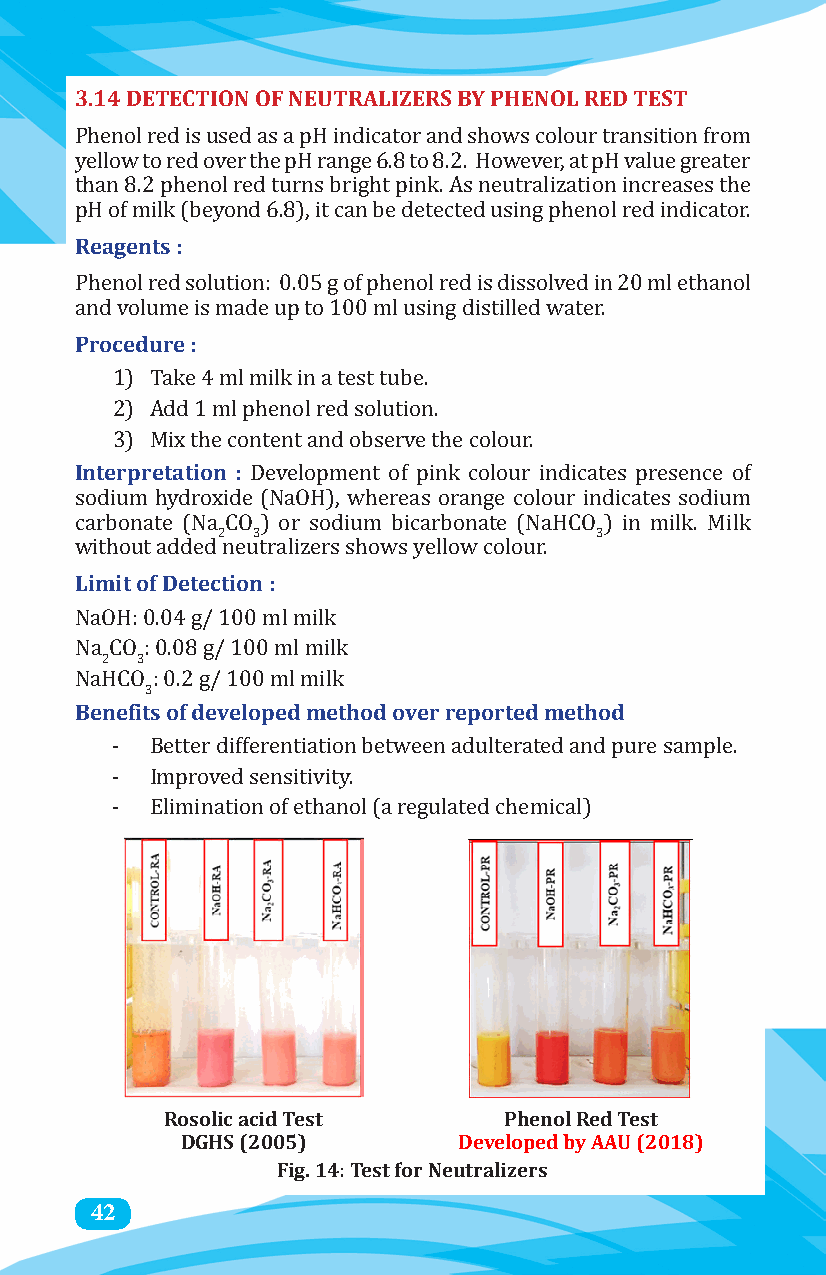
3.14 DETECTION OF NEUTRALIZERS BY PHENOL RED TEST
 Phenol red is used as a pH indicator and shows colour transition from
 yellow to red over the pH range 6.8 to 8.2. However, at pH value greater
 than 8.2 phenol red turns bright pink. As neutralization increases the
 Reagents :
 pH of milk (beyond 6.8), it can be detected using phenol red indicator.
 Phenol red solution: 0.05 g of phenol red is dissolved in 20 ml ethanol
 Procedure :
 and volume is made up to 100 ml using distilled water.
 1) Take 4 ml milk in a test tube.
 2) Add 1 ml phenol red solution.
 Interpretation :
 3) Mix the content and observe the colour.
 Development of pink colour indicates presence of
 sodium hydroxide (NaOH), whereas orange colour indicates sodium
 2  3                     3
 carbonate (Na CO ) or sodium bicarbonate (NaHCO ) in milk. Milk
 Limit of Detection :
 without added neutralizers shows yellow colour.
 NaOH: 0.04 g/ 100 ml milk
 2 3
 Na CO : 0.08 g/ 100 ml milk
 Benefits of developed method over reported method
 3
 NaHCO : 0.2 g/ 100 ml milk
 -  Better differentiation between adulterated and pure sample.
 -  Improved sensitivity.
 -  Elimination of ethanol (a regulated chemical)
 Rosolic acid Test     Phenol Red Test
 DGHS (2005)       Developed by AAU (2018)
 Fig. 14: Test for Neutralizers
 42